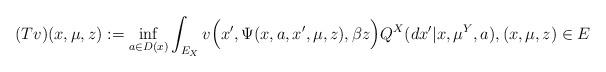
LaTeX: \begin{align*}(T v)(x,\mu,z) := \inf_{a\in D(x)} \int_{E_X} v\Big(x',\Psi(x,a,x',\mu,z),\beta z\Big) Q^X(dx'|x,\mu^Y,a),(x,\mu,z)\in {E}\end{align*}